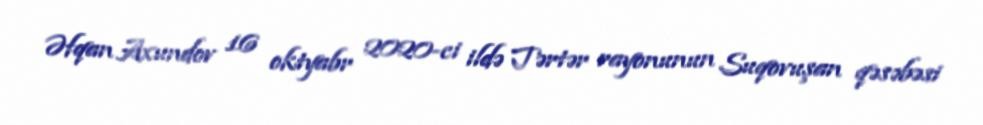
Əfqan Axundov 16 oktyabr 2020-ci ildə Tərtər rayonunun Suqovuşan qəsəbəsi